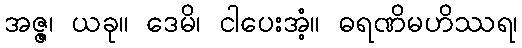
အဇ္ဇ၊ ယခု။ ဒေမိ၊ ငါပေးအံ့။ ဓရဏိမဟိဿရ၊